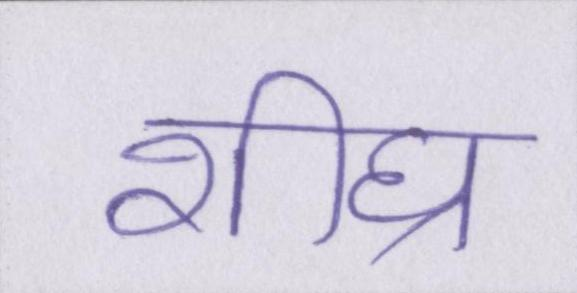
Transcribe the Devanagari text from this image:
शीघ्र